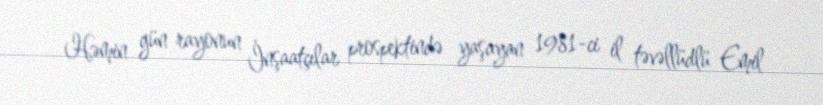
Həmin gün rayonun İnşaatçılar prospektində yaşayan 1981-ci il təvəllüdlü Emil